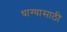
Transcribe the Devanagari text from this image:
धाग्यासाठी